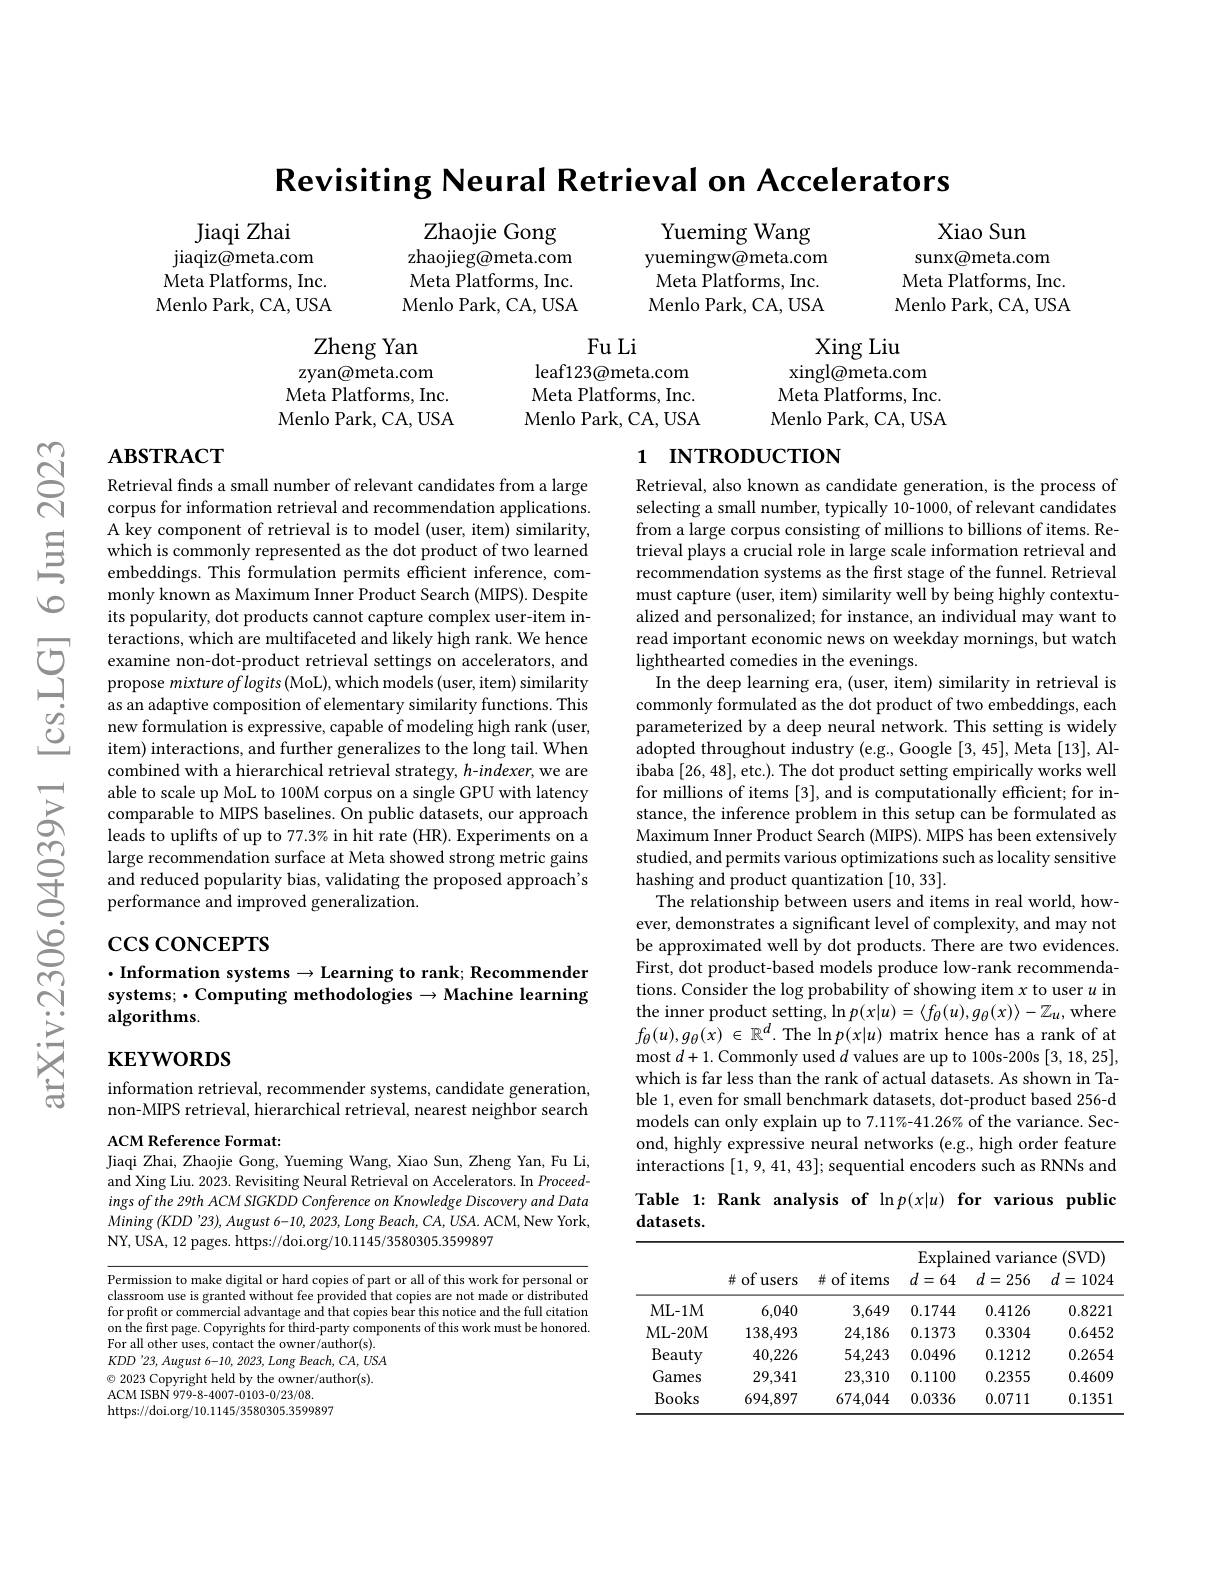
Revisiting Neural Retrieval on Accelerators

Zhaojie Gong zhaojieg@meta.com Meta Platforms, Inc. Menlo Park, CA, USA

Yueming Wang yuemingw@meta.com Meta Platforms, Inc. Menlo Park, CA, USA

Jiaqi Zhai
jiaqiz@meta.com Meta Platforms, Inc. Menlo Park, CA, USA

Xiao Sun
sunx@meta.com Meta Platforms, Inc. Menlo Park, CA, USA

Xing Liu
xingl@meta.com Meta Platforms, Inc. Menlo Park, CA, USA

Zheng Yan zyan@meta.com $\bar{\text{Meta Platforms, Inc}}.$ Menlo Park, CA, USA

Fu Li
leaf123@meta.com Meta Platforms, Inc. Menlo Park, CA, USA

$\mathbf{ABSTRACT}$

# 1 INTRODUCTION

Retrieval finds a small number of relevant candidates from a large corpus for information retrieval and recommendation applications. A key component of retrieval is to model (user, item) similarity, which is commonly represented as the dot product of two learned embeddings. This formulation permits efficient inference, commonly known as Maximum Inner Product Search (MIPS). Despite its popularity, dot products cannot capture complex user-item interactions, which are multifaceted and likely high rank. We hence examine non-dot-product retrieval settings on accelerators, and propose mixture oflogits (MoL), which models (user, item) similarity as an adaptive composition of elementary similarity functions. This new formulation is expressive, capable of modeling high rank (user, item) interactions, and further generalizes to the long tail. When combined with a hierarchical retrieval strategy, $h$-indexer, we are able to scale up MoL to 100M corpus on a single GPU with latency comparable to MIPS baselines. On public datasets, our approach leads to uplifts of up to 77.3% in hit rate (HR). Experiments on a large recommendation surface at Meta showed strong metric gains and reduced popularity bias, validating the proposed approach's performance and improved generalization.

Retrieval, also known as candidate generation, is the process of selecting a small number, typically 10-1000, of relevant candidates from a large corpus consisting of millions to billions of items. Retrieval plays a crucial role in large scale information retrieval and recommendation systems as the first stage of the funnel. Retrieval must capture (user, item) similarity well by being highly contextualized and personalized; for instance, an individual may want to read important economic news on weekday mornings, but watch lighthearted comedies in the evenings.
In the deep learning era, (user, item) similarity in retrieval is commonly formulated as the dot product of two embeddings, each parameterized by a deep neural network. This setting is widely adopted throughout industry (e.g., Google [3, 45], Meta [13], Alibaba [26, 48], etc.). The dot product setting empirically works well for millions of items [3], and is computationally efficient; for instance, the inference problem in this setup can be formulated as Maximum Inner Product Search (MIPS). MIPS has been extensively studied, and permits various optimizations such as locality sensitive hashing and product quantization [10,33].
The relationship between users and items in real world, however, demonstrates a significant level of complexity, and may not be approximated well by dot products. There are two evidences. First, dot product-based models produce low-rank recommendations. Consider the log probability of showing item $x$ to user $u$ in $\begin{array}{l}{\text{the inner product setting,}\ln p(x|u)=\langle f_{\theta}(u),g_{\theta}(x)\rangle-\mathbb{Z}_{u},\mathrm{where}}\\{f_{\theta}(u),g_{\theta}(x)\in\mathbb{R}^{d}.\mathrm{The}\ln p(x|u)\mathrm{~matrix~hence~has~a~rank~of~at}}\end{array}$ most $d+1.$ Commonly used $d$ values are up to 100s-200s [3,18,25], which is far less than the rank of actual datasets. As shown in Table 1, even for small benchmark datasets, dot-product based 256-d models can only explain up to 7.11%-41.26% of the variance. Second, highly expressive neural networks (e.g., high order feature interactions [1,9,41,43]; sequential encoders such as RNNs and Table 1: Rank analysis of $\ln p( x| u) \textbf{for various public}$

# $\csc\csc$coNCEPTS

Information systems$\to$Learning to rank; Recommender systems; · Computing methodologies $\to$Machine learning algorithms.

$\mathbf{KEYWORDS}$

information retrieval, recommender systems, candidate generation, non-MIPS retrieval, hierarchical retrieval, nearest neighbor search

ACM Reference Format:
Jiaqi Zhai, Zhaojie Gong, Yueming Wang, Xiao Sun, Zheng Yan, Fu Li,

and Xing Liu. 2023. Revisiting Neural Retrieval on Accelerators. In Proceedings of the 29th ACM SIGKDD Conference on Knowledge Discovery and Data $Mining\left(KDD'23\right),August$ 6-10, 2023, Long Beach, CA, USA. ACM, New York, NY, USA, 12 pages. https://doi.org/10.1145/3580305.3599897

datasets.

<table>
	<tbody>
		<tr>
			<th> </th>
			<th>并 of users</th>
			<th># of items</th>
			<th>Explai $d=\epsilon$ 64 </th>
			<th>ned varian $d=$ 256 ,</th>
			<th>(SVD) lCe $d=$ 1024 </th>
		</tr>
		<tr>
			<td>ML- 1M</td>
			<td>6,040</td>
			<td>3,649</td>
			<td>0.1744</td>
			<td>0.4126</td>
			<td>0.8221</td>
		</tr>
		<tr>
			<td>ML- 20M</td>
			<td>138,493</td>
			<td>24,186</td>
			<td>0.1373</td>
			<td>0.3304</td>
			<td>0.6452</td>
		</tr>
		<tr>
			<td>Beauty</td>
			<td>40,226</td>
			<td>54,243</td>
			<td>0.0496</td>
			<td>0.1212</td>
			<td>0.2654</td>
		</tr>
		<tr>
			<td>Games</td>
			<td>29,341</td>
			<td>23,310</td>
			<td>0.1100</td>
			<td>0.2355</td>
			<td>0.4609</td>
		</tr>
		<tr>
			<td>Books</td>
			<td>694,897</td>
			<td>674,044</td>
			<td>0.0336</td>
			<td>0.0711</td>
			<td>0.1351</td>
		</tr>
	</tbody>
</table>

Permission to make digital or hard copies of part or all of this work for personal or classroom use is granted without fee provided that copies are not made or distributed for profit or commercial advantage and that copies bear this notice and the full citation on the first page. Copyrights for third-party components of this work must be honored. For all other uses, contact the owner/author(s). $KDD'23,August$ 6-10, 2023, Long Beach, CA, USA $\textcircled{\circ}$ 2023 Copyright held by the owner/author(s). ACM ISBN 979-8-4007-0103-0/23/08.
https://doi.org/10.1145/3580305.3599897